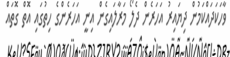
ވާހަކަދައްކަމުން ދިޔައިރު އަހަރެން ދެލޯ މަރާލައިގެން އިނީ އަހަރެންގެ ހިތުގައި އޮތް ގޮތައް